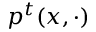
p ^ { t } ( x , \cdot )